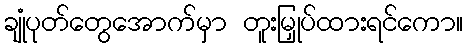
ချုံပုတ်တွေအောက်မှာ တူးမြှုပ်ထားရင်ကော။